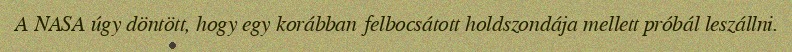
A NASA úgy döntött, hogy egy korábban felbocsátott holdszondája mellett próbál leszállni.